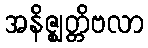
အနိဇ္ဈတ္တိဗလာ